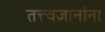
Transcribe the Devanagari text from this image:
तत्त्वज्ञानांना